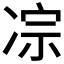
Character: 𪞥